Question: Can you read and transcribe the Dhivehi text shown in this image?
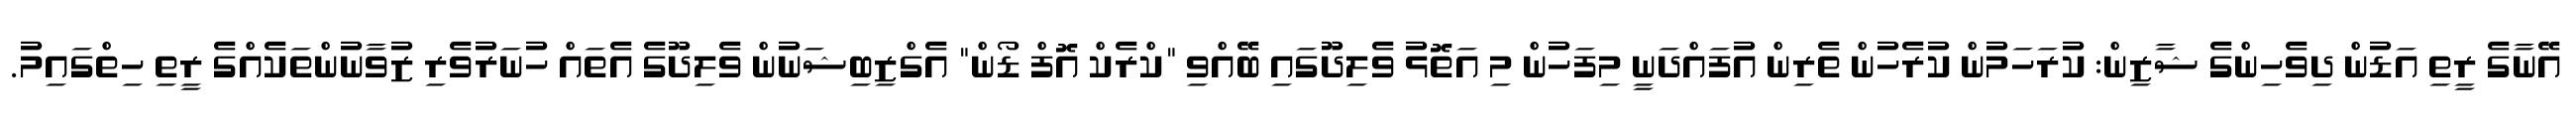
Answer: އޭނާގެ ރީތި އަޑުން ދިވެހިންގެ ޝާޒިން: ކުރަހަމުން ކުރެހުން ތެރިން އުފައްދަނީ މިފަހުން މި އަތޮޅު ވެލިދޫގައި ބޭއްވި "ކްރެކް އޮފް ޑޯން" އެގްޒިބިޝަނުން ވެލިދޫގެ އެތައް ހުނަރުވެރި ޒުވާނުންތަކެއްގެ ރީތި ހިތްގައިމު.